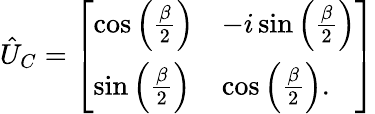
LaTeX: \hat{U}_{C}=\left[\begin{array}{ll}{\cos\left(\frac{\beta}{2}\right)}&{-i\sin\left(\frac{\beta}{2}\right)}\\ {\sin\left(\frac{\beta}{2}\right)}&{\cos\left(\frac{\beta}{2}\right).}\end{array}\right]